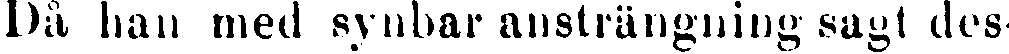
Då han med synbar ansträngning sagt des-